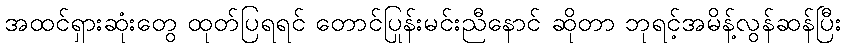
အထင်ရှားဆုံးတွေ ထုတ်ပြရရင် တောင်ပြုန်းမင်းညီနောင် ဆိုတာ ဘုရင့်အမိန့်လွန်ဆန်ပြီး